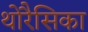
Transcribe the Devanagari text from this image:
थोरैसिका